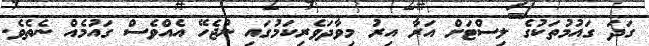
ގަދަ ގައުމުތަކުގެ ލިސްޓަށް އަރާ އިރު މިވާދަވެރިކަމުގައި ނުޖެހޭ އެއްވެސް ގައުމެއް ނެތެވެ.